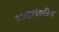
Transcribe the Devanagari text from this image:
अन्तर्शहरीय